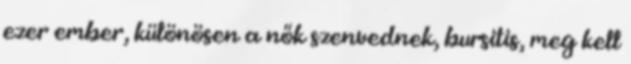
ezer ember, különösen a nők szenvednek, bursitis, meg kell